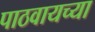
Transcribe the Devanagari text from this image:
पाठवायच्या